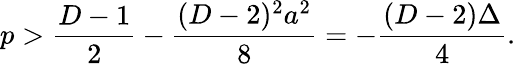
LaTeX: p>{\frac{D-1}{2}}-{\frac{(D-2)^{2}a^{2}}{8}}=-{\frac{(D-2)\Delta}{4}}.